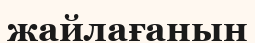
жайлағанын